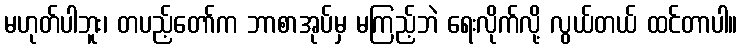
မဟုတ်ပါဘူး၊ တပည့်တော်က ဘာစာအုပ်မှ မကြည့်ဘဲ ရေးလိုက်လို့ လွယ်တယ် ထင်တာပါ။